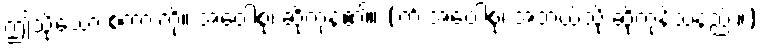
ဤသို့သော စကားကို။ အဝေါစုံ၊ ဆိုကုန်၏။ (ကိံ အဝေါစုံ၊ အဘယ်သို့ ဆိုကုန်သနည်း။)